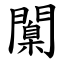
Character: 闑